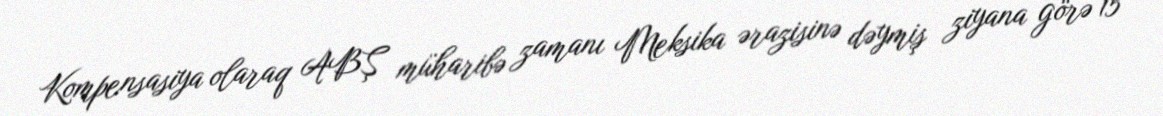
Kompensasiya olaraq ABŞ müharibə zamanı Meksika ərazisinə dəymiş ziyana görə 15